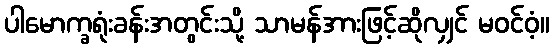
ပါမောက္ခရုံးခန်းအတွင်းသို့ သာမန်အားဖြင့်ဆိုလျှင် မဝင်ဝံ့။